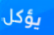
يؤكل